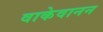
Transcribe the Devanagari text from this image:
वाकेवानन